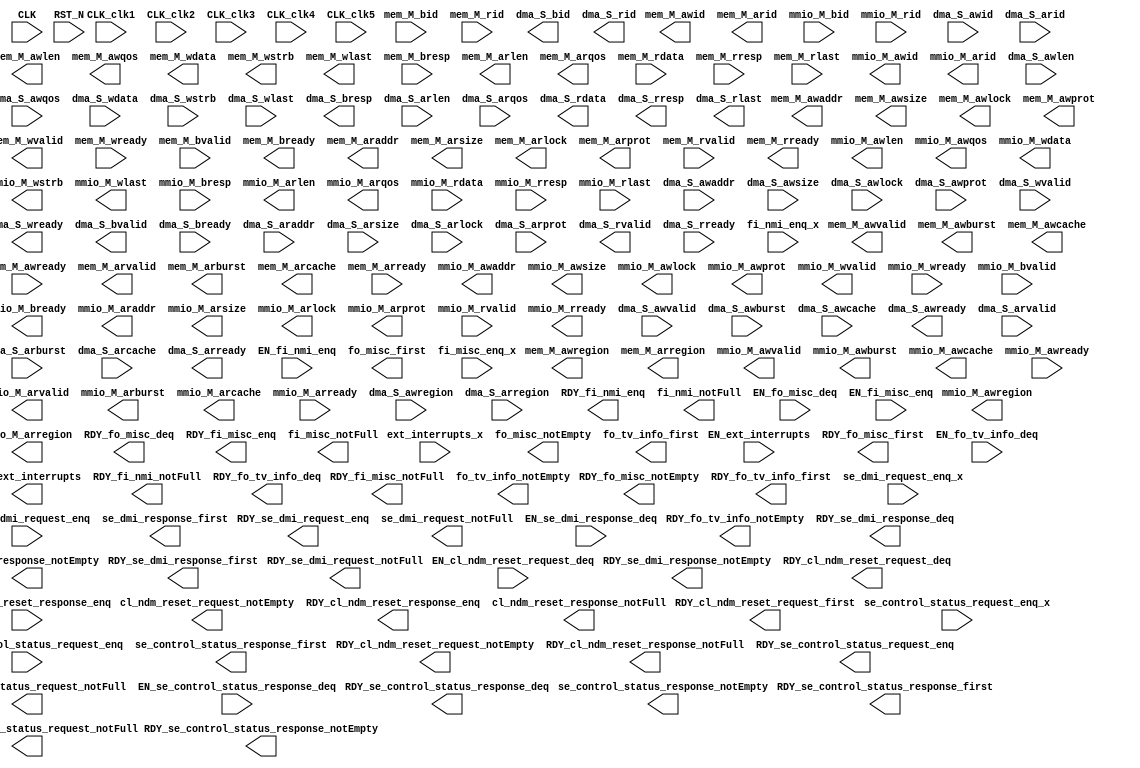
//
// Generated by Bluespec Compiler, version 2023.01 (build 52adafa5)
//
//
// Ports:
// Name                         I/O  size props
// mem_M_awvalid                  O     1 const
// mem_M_awid                     O    16 const
// mem_M_awaddr                   O    64 const
// mem_M_awlen                    O     8 const
// mem_M_awsize                   O     3 const
// mem_M_awburst                  O     2 const
// mem_M_awlock                   O     1 const
// mem_M_awcache                  O     4 const
// mem_M_awprot                   O     3 const
// mem_M_awqos                    O     4 const
// mem_M_awregion                 O     4 const
// mem_M_wvalid                   O     1 const
// mem_M_wdata                    O   512 const
// mem_M_wstrb                    O    64 const
// mem_M_wlast                    O     1 const
// mem_M_bready                   O     1 const
// mem_M_arvalid                  O     1 const
// mem_M_arid                     O    16 const
// mem_M_araddr                   O    64 const
// mem_M_arlen                    O     8 const
// mem_M_arsize                   O     3 const
// mem_M_arburst                  O     2 const
// mem_M_arlock                   O     1 const
// mem_M_arcache                  O     4 const
// mem_M_arprot                   O     3 const
// mem_M_arqos                    O     4 const
// mem_M_arregion                 O     4 const
// mem_M_rready                   O     1 const
// mmio_M_awvalid                 O     1 const
// mmio_M_awid                    O    16 const
// mmio_M_awaddr                  O    64 const
// mmio_M_awlen                   O     8 const
// mmio_M_awsize                  O     3 const
// mmio_M_awburst                 O     2 const
// mmio_M_awlock                  O     1 const
// mmio_M_awcache                 O     4 const
// mmio_M_awprot                  O     3 const
// mmio_M_awqos                   O     4 const
// mmio_M_awregion                O     4 const
// mmio_M_wvalid                  O     1 const
// mmio_M_wdata                   O    64 const
// mmio_M_wstrb                   O     8 const
// mmio_M_wlast                   O     1 const
// mmio_M_bready                  O     1 const
// mmio_M_arvalid                 O     1 const
// mmio_M_arid                    O    16 const
// mmio_M_araddr                  O    64 const
// mmio_M_arlen                   O     8 const
// mmio_M_arsize                  O     3 const
// mmio_M_arburst                 O     2 const
// mmio_M_arlock                  O     1 const
// mmio_M_arcache                 O     4 const
// mmio_M_arprot                  O     3 const
// mmio_M_arqos                   O     4 const
// mmio_M_arregion                O     4 const
// mmio_M_rready                  O     1 const
// dma_S_awready                  O     1 const
// dma_S_wready                   O     1 const
// dma_S_bvalid                   O     1 const
// dma_S_bid                      O    16 const
// dma_S_bresp                    O     2 const
// dma_S_arready                  O     1 const
// dma_S_rvalid                   O     1 const
// dma_S_rid                      O    16 const
// dma_S_rdata                    O   512 const
// dma_S_rresp                    O     2 const
// dma_S_rlast                    O     1 const
// RDY_ext_interrupts             O     1 const
// RDY_fi_nmi_enq                 O     1 const
// fi_nmi_notFull                 O     1 const
// RDY_fi_nmi_notFull             O     1 const
// fo_misc_first                  O    32 const
// RDY_fo_misc_first              O     1 const
// RDY_fo_misc_deq                O     1 const
// fo_misc_notEmpty               O     1 const
// RDY_fo_misc_notEmpty           O     1 const
// RDY_fi_misc_enq                O     1 const
// fi_misc_notFull                O     1 const
// RDY_fi_misc_notFull            O     1 const
// fo_tv_info_first               O   608 const
// RDY_fo_tv_info_first           O     1 const
// RDY_fo_tv_info_deq             O     1 const
// fo_tv_info_notEmpty            O     1 const
// RDY_fo_tv_info_notEmpty        O     1 const
// RDY_se_dmi_request_enq         O     1 const
// se_dmi_request_notFull         O     1 const
// RDY_se_dmi_request_notFull     O     1 const
// se_dmi_response_first          O    32 const
// RDY_se_dmi_response_first      O     1 const
// RDY_se_dmi_response_deq        O     1 const
// se_dmi_response_notEmpty       O     1 const
// RDY_se_dmi_response_notEmpty   O     1 const
// RDY_cl_ndm_reset_request_first  O     1 const
// RDY_cl_ndm_reset_request_deq   O     1 const
// cl_ndm_reset_request_notEmpty  O     1 const
// RDY_cl_ndm_reset_request_notEmpty  O     1 const
// RDY_cl_ndm_reset_response_enq  O     1 const
// cl_ndm_reset_response_notFull  O     1 const
// RDY_cl_ndm_reset_response_notFull  O     1 const
// RDY_se_control_status_request_enq  O     1 const
// se_control_status_request_notFull  O     1 const
// RDY_se_control_status_request_notFull  O     1 const
// se_control_status_response_first  O    32 const
// RDY_se_control_status_response_first  O     1 const
// RDY_se_control_status_response_deq  O     1 const
// se_control_status_response_notEmpty  O     1 const
// RDY_se_control_status_response_notEmpty  O     1 const
// CLK_clk1                       I     1 unused
// CLK_clk2                       I     1 unused
// CLK_clk3                       I     1 unused
// CLK_clk4                       I     1 unused
// CLK_clk5                       I     1 unused
// CLK                            I     1 unused
// RST_N                          I     1 unused
// mem_M_awready                  I     1 unused
// mem_M_wready                   I     1 unused
// mem_M_bvalid                   I     1 unused
// mem_M_bid                      I    16 unused
// mem_M_bresp                    I     2 unused
// mem_M_arready                  I     1 unused
// mem_M_rvalid                   I     1 unused
// mem_M_rid                      I    16 unused
// mem_M_rdata                    I   512 unused
// mem_M_rresp                    I     2 unused
// mem_M_rlast                    I     1 unused
// mmio_M_awready                 I     1 unused
// mmio_M_wready                  I     1 unused
// mmio_M_bvalid                  I     1 unused
// mmio_M_bid                     I    16 unused
// mmio_M_bresp                   I     2 unused
// mmio_M_arready                 I     1 unused
// mmio_M_rvalid                  I     1 unused
// mmio_M_rid                     I    16 unused
// mmio_M_rdata                   I    64 unused
// mmio_M_rresp                   I     2 unused
// mmio_M_rlast                   I     1 unused
// dma_S_awvalid                  I     1 unused
// dma_S_awid                     I    16 unused
// dma_S_awaddr                   I    64 unused
// dma_S_awlen                    I     8 unused
// dma_S_awsize                   I     3 unused
// dma_S_awburst                  I     2 unused
// dma_S_awlock                   I     1 unused
// dma_S_awcache                  I     4 unused
// dma_S_awprot                   I     3 unused
// dma_S_awqos                    I     4 unused
// dma_S_awregion                 I     4 unused
// dma_S_wvalid                   I     1 unused
// dma_S_wdata                    I   512 unused
// dma_S_wstrb                    I    64 unused
// dma_S_wlast                    I     1 unused
// dma_S_bready                   I     1 unused
// dma_S_arvalid                  I     1 unused
// dma_S_arid                     I    16 unused
// dma_S_araddr                   I    64 unused
// dma_S_arlen                    I     8 unused
// dma_S_arsize                   I     3 unused
// dma_S_arburst                  I     2 unused
// dma_S_arlock                   I     1 unused
// dma_S_arcache                  I     4 unused
// dma_S_arprot                   I     3 unused
// dma_S_arqos                    I     4 unused
// dma_S_arregion                 I     4 unused
// dma_S_rready                   I     1 unused
// ext_interrupts_x               I     5 unused
// fi_nmi_enq_x                   I     1 unused
// fi_misc_enq_x                  I    32 unused
// se_dmi_request_enq_x           I    40 unused
// se_control_status_request_enq_x  I    32 unused
// EN_ext_interrupts              I     1 unused
// EN_fi_nmi_enq                  I     1 unused
// EN_fo_misc_deq                 I     1 unused
// EN_fi_misc_enq                 I     1 unused
// EN_fo_tv_info_deq              I     1 unused
// EN_se_dmi_request_enq          I     1 unused
// EN_se_dmi_response_deq         I     1 unused
// EN_cl_ndm_reset_request_deq    I     1 unused
// EN_cl_ndm_reset_response_enq   I     1 unused
// EN_se_control_status_request_enq  I     1 unused
// EN_se_control_status_response_deq  I     1 unused
//
// No combinational paths from inputs to outputs
//
//

`ifdef BSV_ASSIGNMENT_DELAY
`else
  `define BSV_ASSIGNMENT_DELAY
`endif

`ifdef BSV_POSITIVE_RESET
  `define BSV_RESET_VALUE 1'b1
  `define BSV_RESET_EDGE posedge
`else
  `define BSV_RESET_VALUE 1'b0
  `define BSV_RESET_EDGE negedge
`endif

module mkAWSteria_Core(CLK_clk1,
		       CLK_clk2,
		       CLK_clk3,
		       CLK_clk4,
		       CLK_clk5,
		       CLK,
		       RST_N,

		       mem_M_awvalid,

		       mem_M_awid,

		       mem_M_awaddr,

		       mem_M_awlen,

		       mem_M_awsize,

		       mem_M_awburst,

		       mem_M_awlock,

		       mem_M_awcache,

		       mem_M_awprot,

		       mem_M_awqos,

		       mem_M_awregion,

		       mem_M_awready,

		       mem_M_wvalid,

		       mem_M_wdata,

		       mem_M_wstrb,

		       mem_M_wlast,

		       mem_M_wready,

		       mem_M_bvalid,
		       mem_M_bid,
		       mem_M_bresp,

		       mem_M_bready,

		       mem_M_arvalid,

		       mem_M_arid,

		       mem_M_araddr,

		       mem_M_arlen,

		       mem_M_arsize,

		       mem_M_arburst,

		       mem_M_arlock,

		       mem_M_arcache,

		       mem_M_arprot,

		       mem_M_arqos,

		       mem_M_arregion,

		       mem_M_arready,

		       mem_M_rvalid,
		       mem_M_rid,
		       mem_M_rdata,
		       mem_M_rresp,
		       mem_M_rlast,

		       mem_M_rready,

		       mmio_M_awvalid,

		       mmio_M_awid,

		       mmio_M_awaddr,

		       mmio_M_awlen,

		       mmio_M_awsize,

		       mmio_M_awburst,

		       mmio_M_awlock,

		       mmio_M_awcache,

		       mmio_M_awprot,

		       mmio_M_awqos,

		       mmio_M_awregion,

		       mmio_M_awready,

		       mmio_M_wvalid,

		       mmio_M_wdata,

		       mmio_M_wstrb,

		       mmio_M_wlast,

		       mmio_M_wready,

		       mmio_M_bvalid,
		       mmio_M_bid,
		       mmio_M_bresp,

		       mmio_M_bready,

		       mmio_M_arvalid,

		       mmio_M_arid,

		       mmio_M_araddr,

		       mmio_M_arlen,

		       mmio_M_arsize,

		       mmio_M_arburst,

		       mmio_M_arlock,

		       mmio_M_arcache,

		       mmio_M_arprot,

		       mmio_M_arqos,

		       mmio_M_arregion,

		       mmio_M_arready,

		       mmio_M_rvalid,
		       mmio_M_rid,
		       mmio_M_rdata,
		       mmio_M_rresp,
		       mmio_M_rlast,

		       mmio_M_rready,

		       dma_S_awvalid,
		       dma_S_awid,
		       dma_S_awaddr,
		       dma_S_awlen,
		       dma_S_awsize,
		       dma_S_awburst,
		       dma_S_awlock,
		       dma_S_awcache,
		       dma_S_awprot,
		       dma_S_awqos,
		       dma_S_awregion,

		       dma_S_awready,

		       dma_S_wvalid,
		       dma_S_wdata,
		       dma_S_wstrb,
		       dma_S_wlast,

		       dma_S_wready,

		       dma_S_bvalid,

		       dma_S_bid,

		       dma_S_bresp,

		       dma_S_bready,

		       dma_S_arvalid,
		       dma_S_arid,
		       dma_S_araddr,
		       dma_S_arlen,
		       dma_S_arsize,
		       dma_S_arburst,
		       dma_S_arlock,
		       dma_S_arcache,
		       dma_S_arprot,
		       dma_S_arqos,
		       dma_S_arregion,

		       dma_S_arready,

		       dma_S_rvalid,

		       dma_S_rid,

		       dma_S_rdata,

		       dma_S_rresp,

		       dma_S_rlast,

		       dma_S_rready,

		       ext_interrupts_x,
		       EN_ext_interrupts,
		       RDY_ext_interrupts,

		       fi_nmi_enq_x,
		       EN_fi_nmi_enq,
		       RDY_fi_nmi_enq,

		       fi_nmi_notFull,
		       RDY_fi_nmi_notFull,

		       fo_misc_first,
		       RDY_fo_misc_first,

		       EN_fo_misc_deq,
		       RDY_fo_misc_deq,

		       fo_misc_notEmpty,
		       RDY_fo_misc_notEmpty,

		       fi_misc_enq_x,
		       EN_fi_misc_enq,
		       RDY_fi_misc_enq,

		       fi_misc_notFull,
		       RDY_fi_misc_notFull,

		       fo_tv_info_first,
		       RDY_fo_tv_info_first,

		       EN_fo_tv_info_deq,
		       RDY_fo_tv_info_deq,

		       fo_tv_info_notEmpty,
		       RDY_fo_tv_info_notEmpty,

		       se_dmi_request_enq_x,
		       EN_se_dmi_request_enq,
		       RDY_se_dmi_request_enq,

		       se_dmi_request_notFull,
		       RDY_se_dmi_request_notFull,

		       se_dmi_response_first,
		       RDY_se_dmi_response_first,

		       EN_se_dmi_response_deq,
		       RDY_se_dmi_response_deq,

		       se_dmi_response_notEmpty,
		       RDY_se_dmi_response_notEmpty,

		       RDY_cl_ndm_reset_request_first,

		       EN_cl_ndm_reset_request_deq,
		       RDY_cl_ndm_reset_request_deq,

		       cl_ndm_reset_request_notEmpty,
		       RDY_cl_ndm_reset_request_notEmpty,

		       EN_cl_ndm_reset_response_enq,
		       RDY_cl_ndm_reset_response_enq,

		       cl_ndm_reset_response_notFull,
		       RDY_cl_ndm_reset_response_notFull,

		       se_control_status_request_enq_x,
		       EN_se_control_status_request_enq,
		       RDY_se_control_status_request_enq,

		       se_control_status_request_notFull,
		       RDY_se_control_status_request_notFull,

		       se_control_status_response_first,
		       RDY_se_control_status_response_first,

		       EN_se_control_status_response_deq,
		       RDY_se_control_status_response_deq,

		       se_control_status_response_notEmpty,
		       RDY_se_control_status_response_notEmpty);
  input  CLK_clk1;
  input  CLK_clk2;
  input  CLK_clk3;
  input  CLK_clk4;
  input  CLK_clk5;
  input  CLK;
  input  RST_N;

  // value method mem_M_m_awvalid
  output mem_M_awvalid;

  // value method mem_M_m_awid
  output [15 : 0] mem_M_awid;

  // value method mem_M_m_awaddr
  output [63 : 0] mem_M_awaddr;

  // value method mem_M_m_awlen
  output [7 : 0] mem_M_awlen;

  // value method mem_M_m_awsize
  output [2 : 0] mem_M_awsize;

  // value method mem_M_m_awburst
  output [1 : 0] mem_M_awburst;

  // value method mem_M_m_awlock
  output mem_M_awlock;

  // value method mem_M_m_awcache
  output [3 : 0] mem_M_awcache;

  // value method mem_M_m_awprot
  output [2 : 0] mem_M_awprot;

  // value method mem_M_m_awqos
  output [3 : 0] mem_M_awqos;

  // value method mem_M_m_awregion
  output [3 : 0] mem_M_awregion;

  // value method mem_M_m_awuser

  // action method mem_M_m_awready
  input  mem_M_awready;

  // value method mem_M_m_wvalid
  output mem_M_wvalid;

  // value method mem_M_m_wdata
  output [511 : 0] mem_M_wdata;

  // value method mem_M_m_wstrb
  output [63 : 0] mem_M_wstrb;

  // value method mem_M_m_wlast
  output mem_M_wlast;

  // value method mem_M_m_wuser

  // action method mem_M_m_wready
  input  mem_M_wready;

  // action method mem_M_m_bvalid
  input  mem_M_bvalid;
  input  [15 : 0] mem_M_bid;
  input  [1 : 0] mem_M_bresp;

  // value method mem_M_m_bready
  output mem_M_bready;

  // value method mem_M_m_arvalid
  output mem_M_arvalid;

  // value method mem_M_m_arid
  output [15 : 0] mem_M_arid;

  // value method mem_M_m_araddr
  output [63 : 0] mem_M_araddr;

  // value method mem_M_m_arlen
  output [7 : 0] mem_M_arlen;

  // value method mem_M_m_arsize
  output [2 : 0] mem_M_arsize;

  // value method mem_M_m_arburst
  output [1 : 0] mem_M_arburst;

  // value method mem_M_m_arlock
  output mem_M_arlock;

  // value method mem_M_m_arcache
  output [3 : 0] mem_M_arcache;

  // value method mem_M_m_arprot
  output [2 : 0] mem_M_arprot;

  // value method mem_M_m_arqos
  output [3 : 0] mem_M_arqos;

  // value method mem_M_m_arregion
  output [3 : 0] mem_M_arregion;

  // value method mem_M_m_aruser

  // action method mem_M_m_arready
  input  mem_M_arready;

  // action method mem_M_m_rvalid
  input  mem_M_rvalid;
  input  [15 : 0] mem_M_rid;
  input  [511 : 0] mem_M_rdata;
  input  [1 : 0] mem_M_rresp;
  input  mem_M_rlast;

  // value method mem_M_m_rready
  output mem_M_rready;

  // value method mmio_M_m_awvalid
  output mmio_M_awvalid;

  // value method mmio_M_m_awid
  output [15 : 0] mmio_M_awid;

  // value method mmio_M_m_awaddr
  output [63 : 0] mmio_M_awaddr;

  // value method mmio_M_m_awlen
  output [7 : 0] mmio_M_awlen;

  // value method mmio_M_m_awsize
  output [2 : 0] mmio_M_awsize;

  // value method mmio_M_m_awburst
  output [1 : 0] mmio_M_awburst;

  // value method mmio_M_m_awlock
  output mmio_M_awlock;

  // value method mmio_M_m_awcache
  output [3 : 0] mmio_M_awcache;

  // value method mmio_M_m_awprot
  output [2 : 0] mmio_M_awprot;

  // value method mmio_M_m_awqos
  output [3 : 0] mmio_M_awqos;

  // value method mmio_M_m_awregion
  output [3 : 0] mmio_M_awregion;

  // value method mmio_M_m_awuser

  // action method mmio_M_m_awready
  input  mmio_M_awready;

  // value method mmio_M_m_wvalid
  output mmio_M_wvalid;

  // value method mmio_M_m_wdata
  output [63 : 0] mmio_M_wdata;

  // value method mmio_M_m_wstrb
  output [7 : 0] mmio_M_wstrb;

  // value method mmio_M_m_wlast
  output mmio_M_wlast;

  // value method mmio_M_m_wuser

  // action method mmio_M_m_wready
  input  mmio_M_wready;

  // action method mmio_M_m_bvalid
  input  mmio_M_bvalid;
  input  [15 : 0] mmio_M_bid;
  input  [1 : 0] mmio_M_bresp;

  // value method mmio_M_m_bready
  output mmio_M_bready;

  // value method mmio_M_m_arvalid
  output mmio_M_arvalid;

  // value method mmio_M_m_arid
  output [15 : 0] mmio_M_arid;

  // value method mmio_M_m_araddr
  output [63 : 0] mmio_M_araddr;

  // value method mmio_M_m_arlen
  output [7 : 0] mmio_M_arlen;

  // value method mmio_M_m_arsize
  output [2 : 0] mmio_M_arsize;

  // value method mmio_M_m_arburst
  output [1 : 0] mmio_M_arburst;

  // value method mmio_M_m_arlock
  output mmio_M_arlock;

  // value method mmio_M_m_arcache
  output [3 : 0] mmio_M_arcache;

  // value method mmio_M_m_arprot
  output [2 : 0] mmio_M_arprot;

  // value method mmio_M_m_arqos
  output [3 : 0] mmio_M_arqos;

  // value method mmio_M_m_arregion
  output [3 : 0] mmio_M_arregion;

  // value method mmio_M_m_aruser

  // action method mmio_M_m_arready
  input  mmio_M_arready;

  // action method mmio_M_m_rvalid
  input  mmio_M_rvalid;
  input  [15 : 0] mmio_M_rid;
  input  [63 : 0] mmio_M_rdata;
  input  [1 : 0] mmio_M_rresp;
  input  mmio_M_rlast;

  // value method mmio_M_m_rready
  output mmio_M_rready;

  // action method dma_S_m_awvalid
  input  dma_S_awvalid;
  input  [15 : 0] dma_S_awid;
  input  [63 : 0] dma_S_awaddr;
  input  [7 : 0] dma_S_awlen;
  input  [2 : 0] dma_S_awsize;
  input  [1 : 0] dma_S_awburst;
  input  dma_S_awlock;
  input  [3 : 0] dma_S_awcache;
  input  [2 : 0] dma_S_awprot;
  input  [3 : 0] dma_S_awqos;
  input  [3 : 0] dma_S_awregion;

  // value method dma_S_m_awready
  output dma_S_awready;

  // action method dma_S_m_wvalid
  input  dma_S_wvalid;
  input  [511 : 0] dma_S_wdata;
  input  [63 : 0] dma_S_wstrb;
  input  dma_S_wlast;

  // value method dma_S_m_wready
  output dma_S_wready;

  // value method dma_S_m_bvalid
  output dma_S_bvalid;

  // value method dma_S_m_bid
  output [15 : 0] dma_S_bid;

  // value method dma_S_m_bresp
  output [1 : 0] dma_S_bresp;

  // value method dma_S_m_buser

  // action method dma_S_m_bready
  input  dma_S_bready;

  // action method dma_S_m_arvalid
  input  dma_S_arvalid;
  input  [15 : 0] dma_S_arid;
  input  [63 : 0] dma_S_araddr;
  input  [7 : 0] dma_S_arlen;
  input  [2 : 0] dma_S_arsize;
  input  [1 : 0] dma_S_arburst;
  input  dma_S_arlock;
  input  [3 : 0] dma_S_arcache;
  input  [2 : 0] dma_S_arprot;
  input  [3 : 0] dma_S_arqos;
  input  [3 : 0] dma_S_arregion;

  // value method dma_S_m_arready
  output dma_S_arready;

  // value method dma_S_m_rvalid
  output dma_S_rvalid;

  // value method dma_S_m_rid
  output [15 : 0] dma_S_rid;

  // value method dma_S_m_rdata
  output [511 : 0] dma_S_rdata;

  // value method dma_S_m_rresp
  output [1 : 0] dma_S_rresp;

  // value method dma_S_m_rlast
  output dma_S_rlast;

  // value method dma_S_m_ruser

  // action method dma_S_m_rready
  input  dma_S_rready;

  // action method ext_interrupts
  input  [4 : 0] ext_interrupts_x;
  input  EN_ext_interrupts;
  output RDY_ext_interrupts;

  // action method fi_nmi_enq
  input  fi_nmi_enq_x;
  input  EN_fi_nmi_enq;
  output RDY_fi_nmi_enq;

  // value method fi_nmi_notFull
  output fi_nmi_notFull;
  output RDY_fi_nmi_notFull;

  // value method fo_misc_first
  output [31 : 0] fo_misc_first;
  output RDY_fo_misc_first;

  // action method fo_misc_deq
  input  EN_fo_misc_deq;
  output RDY_fo_misc_deq;

  // value method fo_misc_notEmpty
  output fo_misc_notEmpty;
  output RDY_fo_misc_notEmpty;

  // action method fi_misc_enq
  input  [31 : 0] fi_misc_enq_x;
  input  EN_fi_misc_enq;
  output RDY_fi_misc_enq;

  // value method fi_misc_notFull
  output fi_misc_notFull;
  output RDY_fi_misc_notFull;

  // value method fo_tv_info_first
  output [607 : 0] fo_tv_info_first;
  output RDY_fo_tv_info_first;

  // action method fo_tv_info_deq
  input  EN_fo_tv_info_deq;
  output RDY_fo_tv_info_deq;

  // value method fo_tv_info_notEmpty
  output fo_tv_info_notEmpty;
  output RDY_fo_tv_info_notEmpty;

  // action method se_dmi_request_enq
  input  [39 : 0] se_dmi_request_enq_x;
  input  EN_se_dmi_request_enq;
  output RDY_se_dmi_request_enq;

  // value method se_dmi_request_notFull
  output se_dmi_request_notFull;
  output RDY_se_dmi_request_notFull;

  // value method se_dmi_response_first
  output [31 : 0] se_dmi_response_first;
  output RDY_se_dmi_response_first;

  // action method se_dmi_response_deq
  input  EN_se_dmi_response_deq;
  output RDY_se_dmi_response_deq;

  // value method se_dmi_response_notEmpty
  output se_dmi_response_notEmpty;
  output RDY_se_dmi_response_notEmpty;

  // value method cl_ndm_reset_request_first
  output RDY_cl_ndm_reset_request_first;

  // action method cl_ndm_reset_request_deq
  input  EN_cl_ndm_reset_request_deq;
  output RDY_cl_ndm_reset_request_deq;

  // value method cl_ndm_reset_request_notEmpty
  output cl_ndm_reset_request_notEmpty;
  output RDY_cl_ndm_reset_request_notEmpty;

  // action method cl_ndm_reset_response_enq
  input  EN_cl_ndm_reset_response_enq;
  output RDY_cl_ndm_reset_response_enq;

  // value method cl_ndm_reset_response_notFull
  output cl_ndm_reset_response_notFull;
  output RDY_cl_ndm_reset_response_notFull;

  // action method se_control_status_request_enq
  input  [31 : 0] se_control_status_request_enq_x;
  input  EN_se_control_status_request_enq;
  output RDY_se_control_status_request_enq;

  // value method se_control_status_request_notFull
  output se_control_status_request_notFull;
  output RDY_se_control_status_request_notFull;

  // value method se_control_status_response_first
  output [31 : 0] se_control_status_response_first;
  output RDY_se_control_status_response_first;

  // action method se_control_status_response_deq
  input  EN_se_control_status_response_deq;
  output RDY_se_control_status_response_deq;

  // value method se_control_status_response_notEmpty
  output se_control_status_response_notEmpty;
  output RDY_se_control_status_response_notEmpty;

  // signals for module outputs
  wire [607 : 0] fo_tv_info_first;
  wire [511 : 0] dma_S_rdata, mem_M_wdata;
  wire [63 : 0] mem_M_araddr,
		mem_M_awaddr,
		mem_M_wstrb,
		mmio_M_araddr,
		mmio_M_awaddr,
		mmio_M_wdata;
  wire [31 : 0] fo_misc_first,
		se_control_status_response_first,
		se_dmi_response_first;
  wire [15 : 0] dma_S_bid,
		dma_S_rid,
		mem_M_arid,
		mem_M_awid,
		mmio_M_arid,
		mmio_M_awid;
  wire [7 : 0] mem_M_arlen,
	       mem_M_awlen,
	       mmio_M_arlen,
	       mmio_M_awlen,
	       mmio_M_wstrb;
  wire [3 : 0] mem_M_arcache,
	       mem_M_arqos,
	       mem_M_arregion,
	       mem_M_awcache,
	       mem_M_awqos,
	       mem_M_awregion,
	       mmio_M_arcache,
	       mmio_M_arqos,
	       mmio_M_arregion,
	       mmio_M_awcache,
	       mmio_M_awqos,
	       mmio_M_awregion;
  wire [2 : 0] mem_M_arprot,
	       mem_M_arsize,
	       mem_M_awprot,
	       mem_M_awsize,
	       mmio_M_arprot,
	       mmio_M_arsize,
	       mmio_M_awprot,
	       mmio_M_awsize;
  wire [1 : 0] dma_S_bresp,
	       dma_S_rresp,
	       mem_M_arburst,
	       mem_M_awburst,
	       mmio_M_arburst,
	       mmio_M_awburst;
  wire RDY_cl_ndm_reset_request_deq,
       RDY_cl_ndm_reset_request_first,
       RDY_cl_ndm_reset_request_notEmpty,
       RDY_cl_ndm_reset_response_enq,
       RDY_cl_ndm_reset_response_notFull,
       RDY_ext_interrupts,
       RDY_fi_misc_enq,
       RDY_fi_misc_notFull,
       RDY_fi_nmi_enq,
       RDY_fi_nmi_notFull,
       RDY_fo_misc_deq,
       RDY_fo_misc_first,
       RDY_fo_misc_notEmpty,
       RDY_fo_tv_info_deq,
       RDY_fo_tv_info_first,
       RDY_fo_tv_info_notEmpty,
       RDY_se_control_status_request_enq,
       RDY_se_control_status_request_notFull,
       RDY_se_control_status_response_deq,
       RDY_se_control_status_response_first,
       RDY_se_control_status_response_notEmpty,
       RDY_se_dmi_request_enq,
       RDY_se_dmi_request_notFull,
       RDY_se_dmi_response_deq,
       RDY_se_dmi_response_first,
       RDY_se_dmi_response_notEmpty,
       cl_ndm_reset_request_notEmpty,
       cl_ndm_reset_response_notFull,
       dma_S_arready,
       dma_S_awready,
       dma_S_bvalid,
       dma_S_rlast,
       dma_S_rvalid,
       dma_S_wready,
       fi_misc_notFull,
       fi_nmi_notFull,
       fo_misc_notEmpty,
       fo_tv_info_notEmpty,
       mem_M_arlock,
       mem_M_arvalid,
       mem_M_awlock,
       mem_M_awvalid,
       mem_M_bready,
       mem_M_rready,
       mem_M_wlast,
       mem_M_wvalid,
       mmio_M_arlock,
       mmio_M_arvalid,
       mmio_M_awlock,
       mmio_M_awvalid,
       mmio_M_bready,
       mmio_M_rready,
       mmio_M_wlast,
       mmio_M_wvalid,
       se_control_status_request_notFull,
       se_control_status_response_notEmpty,
       se_dmi_request_notFull,
       se_dmi_response_notEmpty;

   // ================================================================
   // ================================================================

   // Architecture Researcher plugs in their own RISC-V Core HERE.
   // Simplest cores contain just a CPU.
   // More complex cores can contain any or all of the following:
   //     Clock-crossing logic (to run core at slower speeds)
   //     Caches and MMUs
   //     CLINT (MMIO gadget for MTIME, MTIMECMP, MSIP, and generating timer and SW interrupts)
   //     PLIC    (Platform Level Interrupt Controller)
   //     CLIC    (Core Local Interrupt Controller)
   //     Boot ROM
   //     Debug Module
   //     ...

   // ================================================================
   // ================================================================

endmodule  // mkAWSteria_Core